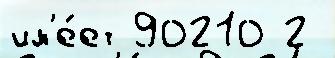
им'е́ет 90210 2